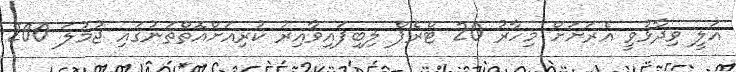
އަލީ ވިދާޅުވީ އެރަށަށް މިހާރު 20 ޓްރެޕް ލިބިފައިވާއިރު ކުރިއަށްއޮތްތަނުގައި ޖުމުލަ 200